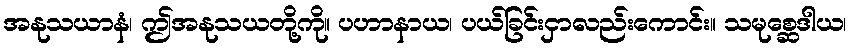
အနုသယာနံ၊ ဤအနုသယတို့ကို။ ပဟာနာယ၊ ပယ်ခြင်းငှာလည်းကောင်း။ သမုစ္ဆေဒါယ၊